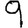
Digit: 9